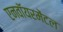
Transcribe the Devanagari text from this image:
एनवॉयरमेंटल